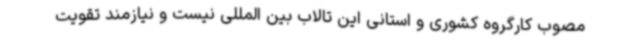
مصوب کارگروه کشوری و استانی این تالاب بین المللی نیست و نیازمند تقویت